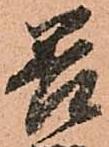
善